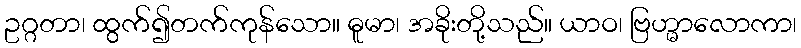
ဥဂ္ဂတာ၊ ထွက်၍တက်ကုန်သော။ ဓူမာ၊ အခိုးတို့သည်။ ယာဝ၊ ဗြဟ္မာလောကာ၊